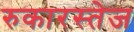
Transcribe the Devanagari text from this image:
रुकारस्तेज